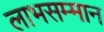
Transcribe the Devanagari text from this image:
लाभसम्मान